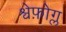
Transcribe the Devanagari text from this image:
श्वेफ़ोग्ल